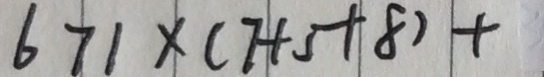
6 7 1 \times ( 7 + 5 + 8 ) +